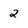
Character: 2